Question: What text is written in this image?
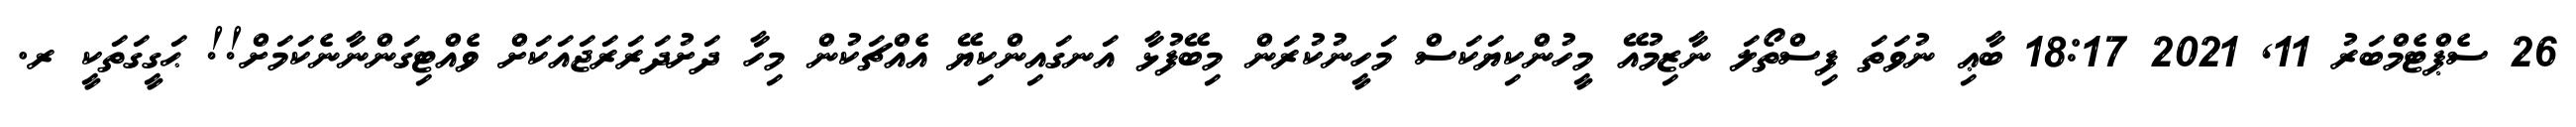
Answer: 26 ސެޕްޓެމްބަރު 11, 2021 18:17 ބާޢި ނުވަތަ ފިސްތޯލަ ނާޒިމުއޭ މީހުންކިޔަކަސް މަހީނުކުރަން މިބޭފުޅާ އަނގައިންކިޔޭ އެއްޗަކުން މިހާ ދަށުދަރަރަޖައަކަށް ވެއްޓިގަންނާނެކަމަށް!! ޙަގީގަތަކީ ރ.